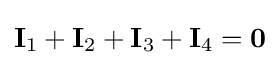
\mathbf {I} _{1}+\mathbf {I} _{2}+\mathbf {I} _{3}+\mathbf {I} _{4}=\mathbf {0}